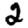
Digit: 2